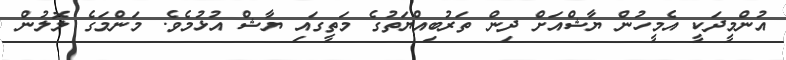
އުންމީދަކީ އެމީހުން ޔާޝްއަށް ދިން ތަރުބިއްޔަތުގެ މަތީގައި ޔާޝް އުޅުމެވެ. މަންމަގެ ލޮލުން